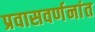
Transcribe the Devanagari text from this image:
प्रवासवर्णनांत